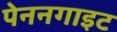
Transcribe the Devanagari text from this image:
पेननगाइट